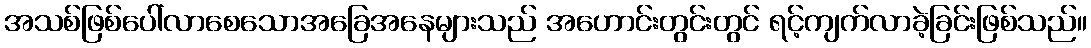
အသစ်ဖြစ်ပေါ်လာစေသောအခြေအနေများသည် အဟောင်းတွင်းတွင် ရင့်ကျက်လာခဲ့ခြင်းဖြစ်သည်။